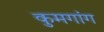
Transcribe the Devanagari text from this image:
कुमगांग